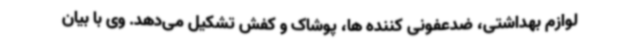
لوازم بهداشتی، ضدعفونی کننده ها، پوشاک و کفش تشکیل می‌دهد. وی با بیان